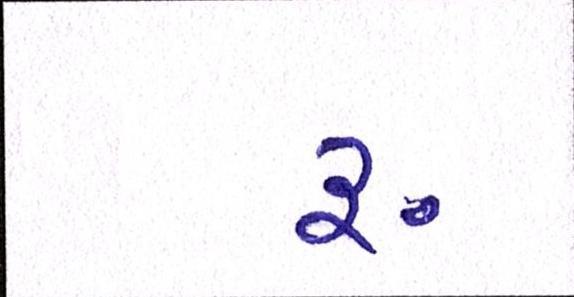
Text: ૱